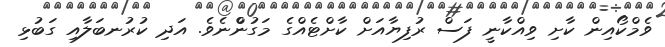
ވެމްކޯއިން ކާށި ވިއްކާނީ ފަސް ރުފިޔާއަށް ކާށްޓެއްގެ މަގުންްނެވެ. އަދި ކުރުނބަލާއި ގަބުޅި